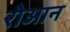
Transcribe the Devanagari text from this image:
रोआन